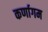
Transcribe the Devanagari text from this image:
कर्णागम